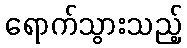
ရောက်သွားသည့်